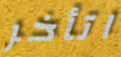
اتأخر